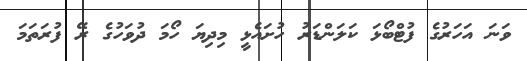
ވަނަ އަހަރުގެ ފުޓްބޯޅަ ކަލަންޑަރު ހުށައެޅީ މިދިޔަ ހޯމަ ދުވަހުގެ ރޭ ފުރަތަމަ